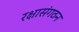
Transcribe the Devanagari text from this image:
रक्षासंगठन